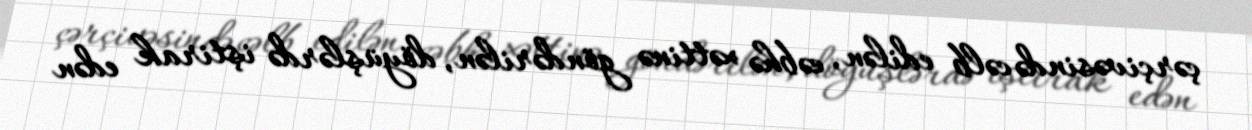
çərçivəsində cəlb edilən, cəbhə xəttinə göndərilən, döyüşlərdə iştirak edən